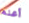
أعلم